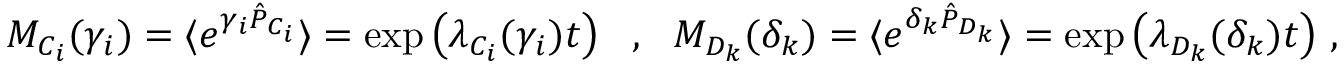
\begin{array} { r } { M _ { C _ { i } } ( \gamma _ { i } ) = \langle e ^ { \gamma _ { i } \hat { P } _ { C _ { i } } } \rangle = \exp \left( \lambda _ { C _ { i } } ( \gamma _ { i } ) t \right) ~ ~ , ~ ~ M _ { D _ { k } } ( \delta _ { k } ) = \langle e ^ { \delta _ { k } \hat { P } _ { D _ { k } } } \rangle = \exp \left( \lambda _ { D _ { k } } ( \delta _ { k } ) t \right) \, , } \end{array}